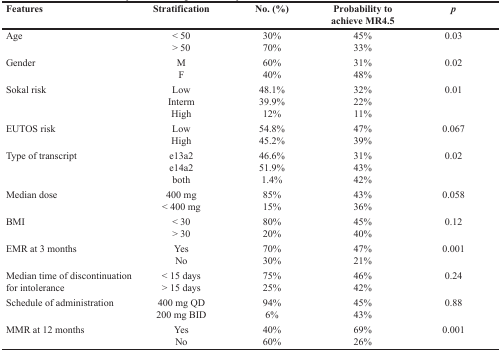
<table><thead><tr><td><b>Features</b></td><td><b>Stratification</b></td><td><b>No. (%)</b></td><td><b>Probability to achieve MR4.5</b></td><td><b><i>p</i></b></td></tr></thead><tbody><tr><td>Age</td><td>&lt; 50&gt; 50</td><td>30%70%</td><td>45%33%</td><td>0.03</td></tr><tr><td>Gender</td><td>MF</td><td>60%40%</td><td>31%48%</td><td>0.02</td></tr><tr><td>Sokal risk</td><td>LowIntermHigh</td><td>48.1%39.9%12%</td><td>32%22%11%</td><td>0.01</td></tr><tr><td>EUTOS risk</td><td>LowHigh</td><td>54.8%45.2%</td><td>47%39%</td><td>0.067</td></tr><tr><td>Type of transcript</td><td>e13a2e14a2both</td><td>46.6%51.9%1.4%</td><td>31%43%42%</td><td>0.02</td></tr><tr><td>Median dose</td><td>400 mg&lt; 400 mg</td><td>85%15%</td><td>43%36%</td><td>0.058</td></tr><tr><td>BMI</td><td>&lt; 30&gt; 30</td><td>80%20%</td><td>45%40%</td><td>0.12</td></tr><tr><td>EMR at 3 months</td><td>YesNo</td><td>70%30%</td><td>47%21%</td><td>0.001</td></tr><tr><td>Median time of discontinuation for intolerance</td><td>&lt; 15 days&gt; 15 days</td><td>75%25%</td><td>46%42%</td><td>0.24</td></tr><tr><td>Schedule of administration</td><td>400 mg QD200 mg BID</td><td>94%6%</td><td>45%43%</td><td>0.88</td></tr><tr><td>MMR at 12 months</td><td>YesNo</td><td>40%60%</td><td>69%26%</td><td>0.001</td></tr></tbody></table>